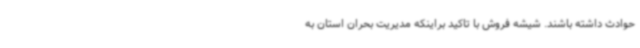
حوادث داشته باشند. شیشه فروش با تاکید براینکه مدیریت بحران استان به